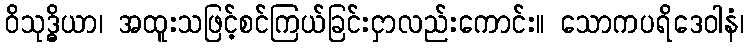
ဝိသုဒ္ဓိယာ၊ အထူးသဖြင့်စင်ကြယ်ခြင်းငှာလည်းကောင်း။ သောကပရိဒေဝါနံ၊